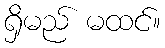
ရှိမည် မထင်။